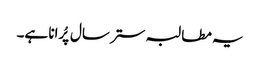
یہ مطالبہ ستر سال پُرانا ہے۔